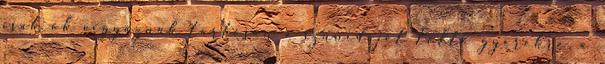
csak ők vigyáznak tartósan a szünidejét töltő gyerekre, a